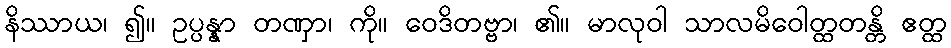
နိဿာယ၊ ၍။ ဥပ္ပန္နာ တဏှာ၊ ကို။ ဝေဒိတဗ္ဗာ၊ ၏။ မာလုဝါ သာလမိဝေါတ္ထတန္တိ ဧတ္ထ